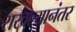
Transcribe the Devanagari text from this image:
राखल्यानंतर